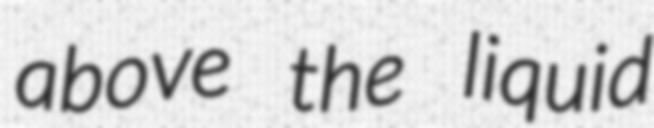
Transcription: above the liquid